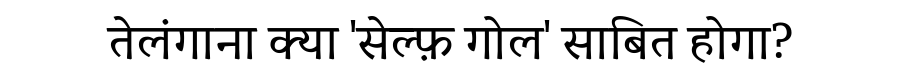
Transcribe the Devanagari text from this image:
तेलंगाना क्या 'सेल्फ़ गोल' साबित होगा?